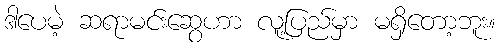
ဒါပေမဲ့ ဆရာမင်းဆွေဟာ လူ့ပြည်မှာ မရှိတော့ဘူး။